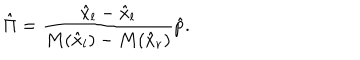
LaTeX: \hat { \Pi } = { \frac { \hat { x } _ { l } - \hat { x } _ { l } } { M ( \hat { x } _ { l } ) - M ( \hat { x } _ { r } ) } } \hat { p } .